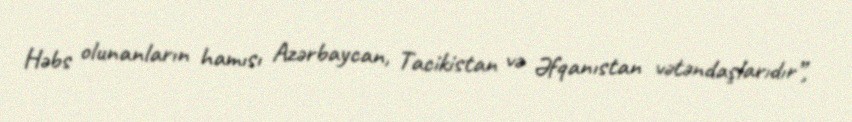
Həbs olunanların hamısı Azərbaycan, Tacikistan və Əfqanıstan vətəndaşlarıdır”,